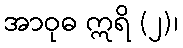
အာဝုဓ ဣရိ (၂)၊